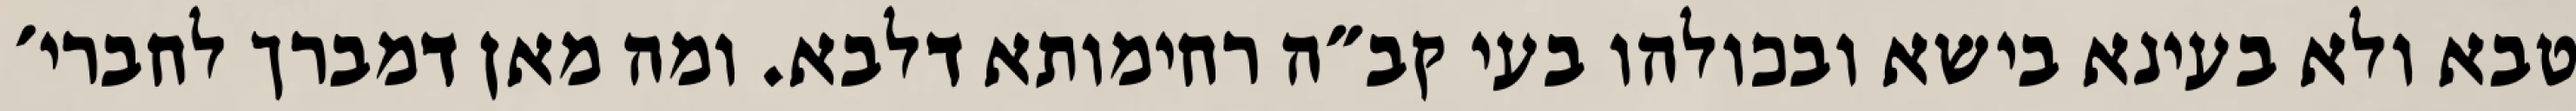
טבא ולא בעינא בישא ובכולהו בעי קב״ה רחימותא דלבא. ומה מאן דמברך לחברי׳